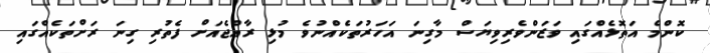
ކޮންމެ އަތޮޅެއްގައި ވަޒަންވެރިވިޔަސް މާގިނަ އަަހަރުތަކެއްނުވެ މުޅި ރާއްޖެއަށް ފެތުރި ގިނަ ރަށްތަކެއްގައި